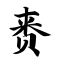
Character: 赉